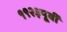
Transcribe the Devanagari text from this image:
१९२३पूर्वी